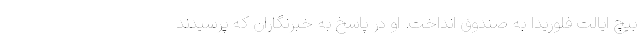
بیچ ایالت فلوریدا به صندوق انداخت. او در پاسخ به خبرنگاران که پرسیدند